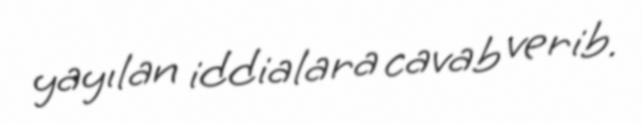
yayılan iddialara cavab verib.